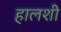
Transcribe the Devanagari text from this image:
हालशी